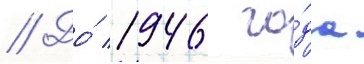
// До́ 1946 го́да